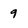
Character: 9